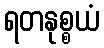
ရတနုစ္စယံ